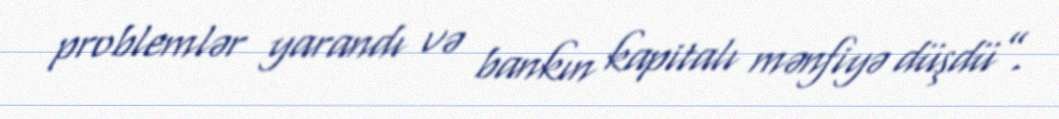
problemlər yarandı və bankın kapitalı mənfiyə düşdü”.